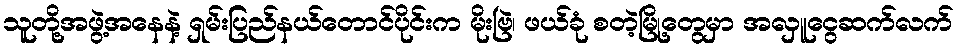
သူတို့အဖွဲ့အနေနဲ့ ရှမ်းပြည်နယ်တောင်ပိုင်းက မိုးဗြဲ၊ ဖယ်ခုံ စတဲ့မြို့တွေမှာ အလှူငွေဆက်လက်